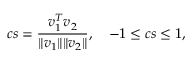
c s = \frac { \b { v } _ { 1 } ^ { T } \b { v } _ { 2 } } { \Vert \b { v } _ { 1 } \Vert \Vert \b { v } _ { 2 } \Vert } , \quad - 1 \leq c s \leq 1 ,